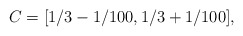
\begin{align*}C = [1/3 - 1/100, 1/3 + 1/100],\end{align*}